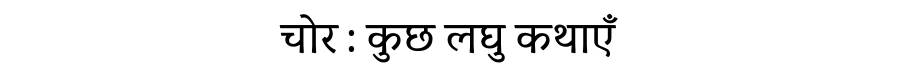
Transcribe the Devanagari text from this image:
चोर : कुछ लघु कथाएँ